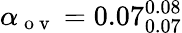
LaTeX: \alpha_{\mathrm{~o~v~}}=0.07_{0.07}^{0.08}